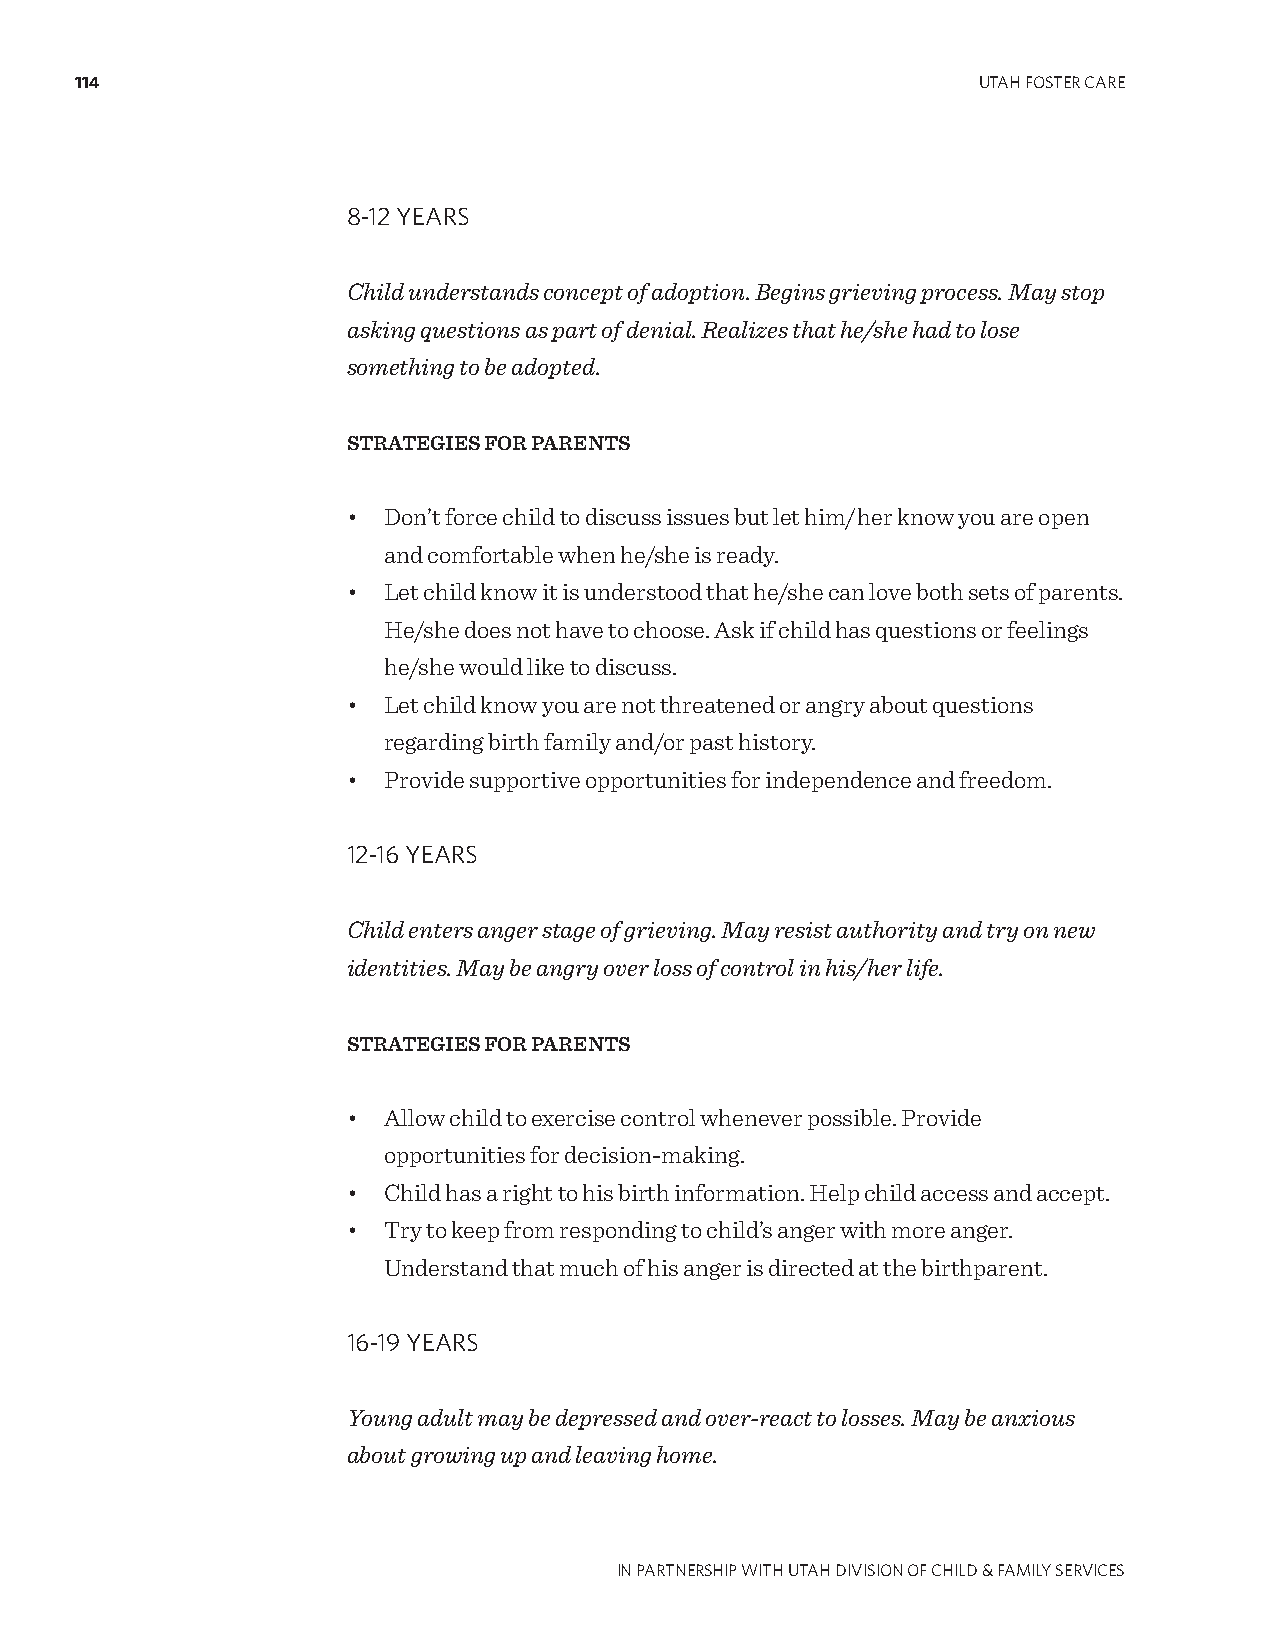
114                                                         UTAH FOSTER CARE
 8-12 YEARS
 Child understands concept of adoption. Begins grieving process. May stop
 asking questions as part of denial. Realizes that he/she had to lose
 something to be adopted.
 STRATEGIES FOR PARENTS
 • Don’t force child to discuss issues but let him/her know you are open
 and comfortable when he/she is ready.
 • Let child know it is understood that he/she can love both sets of parents.
 He/she does not have to choose. Ask if child has questions or feelings
 he/she would like to discuss.
 • Let child know you are not threatened or angry about questions
 regarding birth family and/or past history.
 • Provide supportive opportunities for independence and freedom.
 12-16 YEARS
 Child enters anger stage of grieving. May resist authority and try on new
 identities. May be angry over loss of control in his/her life.
 STRATEGIES FOR PARENTS
 • Allow child to exercise control whenever possible. Provide
 opportunities for decision-making.
 • Child has a right to his birth information. Help child access and accept.
 • Try to keep from responding to child’s anger with more anger.
 Understand that much of his anger is directed at the birthparent.
 16-19 YEARS
 Young adult may be depressed and over-react to losses. May be anxious
 about growing up and leaving home.
 IN PARTNERSHIP WITH UTAH DIVISION OF CHILD & FAMILY SERVICES